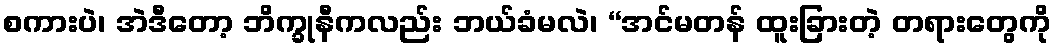
စကားပဲ၊ အဲဒီတော့ ဘိက္ခုနီကလည်း ဘယ်ခံမလဲ၊ “အင်မတန် ထူးခြားတဲ့ တရားတွေကို